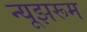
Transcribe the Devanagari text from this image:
न्यूझरूम